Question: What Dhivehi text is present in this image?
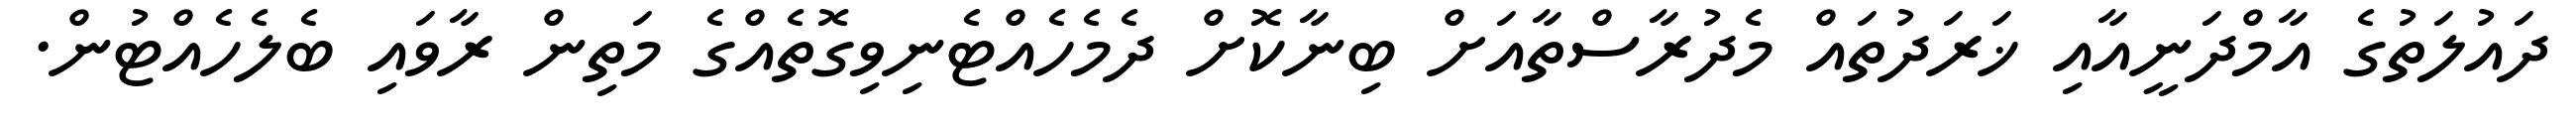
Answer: ދައުލަތުގެ އާމްދަނީއާއި ޚަރަދުތައް މެދުރާސްތާއަށް ބިނާކޮށް ދެމެހެއްޓެނިވިގޮތެއްގެ މަތިން ރާވައި ބެލެހެއްޓުން.